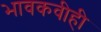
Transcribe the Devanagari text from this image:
भावकवीही